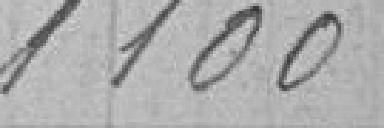
1100